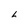
Character: 6